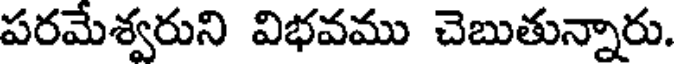
పరమేశ్వరుని విభవము చెబుతున్నారు.